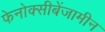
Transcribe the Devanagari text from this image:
फेनोक्सीबेंजामीन